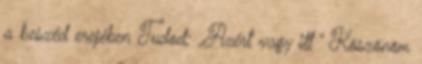
a beszéd erejében Tudod: „Azért vagy itt ” Köszönöm